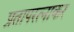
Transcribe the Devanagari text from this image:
प्रतापरत्नाकर